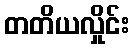
တတိယလှိုင်း